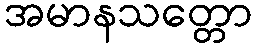
အမာနသတ္တော